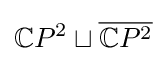
\mathbb {C} P^{2}\sqcup {\overline {\mathbb {C} P^{2}}}